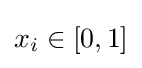
x_{i}\in [0,1]